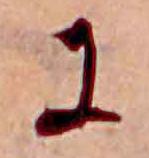
に